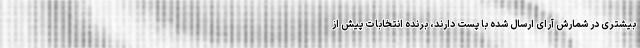
بیشتری در شمارش آرای ارسال شده با پست دارند، برنده انتخابات پیش از